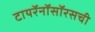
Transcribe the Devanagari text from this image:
टायरॅनॉसॉरसची